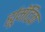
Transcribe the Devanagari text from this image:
र्ह्यूमॅटिक